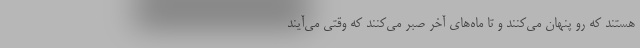
هستند که رو پنهان می‌کنند و تا ماه‌های آخر صبر می‌کنند که وقتی می‌آیند